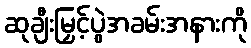
ဆုချီးမြှင့်ပွဲအခမ်းအနားကို